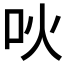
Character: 吙